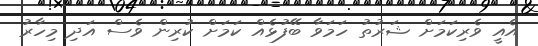
އެއީ ވެރިކަމަށް ޝަރުތު ހަމަވާ ބޭފުޅެއް ކަމަށް ކުރިން ވެސް އަދި މިހާރު